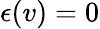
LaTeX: \epsilon(v)=0